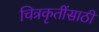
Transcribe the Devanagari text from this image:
चित्रकृतींसाठी